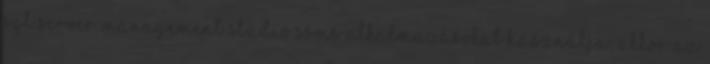
SQL Server Management Studio SSMS alkalmazásokat használja, akkor az